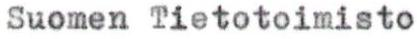
Suomen Tietotoimisto